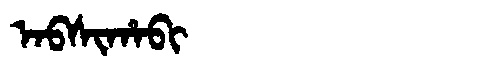
Manchu: ᠠᠪᠰᡳᡥᠠᠪᡳ
Romanization: ABSIHABI